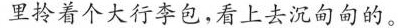
里拎着个大行李包，看上去沉甸甸的。